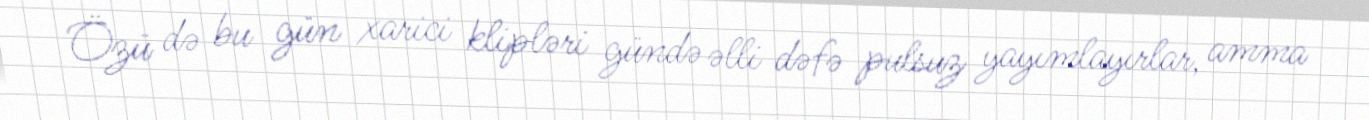
Özü də bu gün xarici klipləri gündə əlli dəfə pulsuz yayımlayırlar, amma